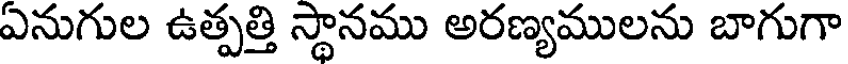
ఎనుగుల ఉత్పత్తి స్థానము అరణ్యములను బాగుగా